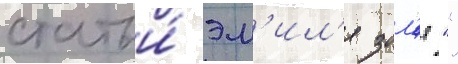
статьи́ эм'ил'я зол'я ""